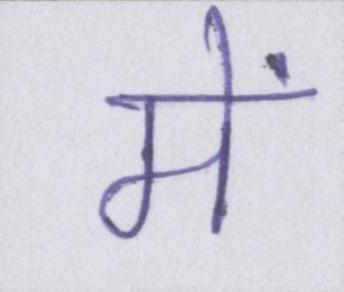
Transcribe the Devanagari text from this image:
में